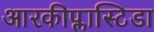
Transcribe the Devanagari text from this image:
आरकीप्लास्टिडा